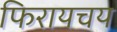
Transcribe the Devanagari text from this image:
फिरायचय